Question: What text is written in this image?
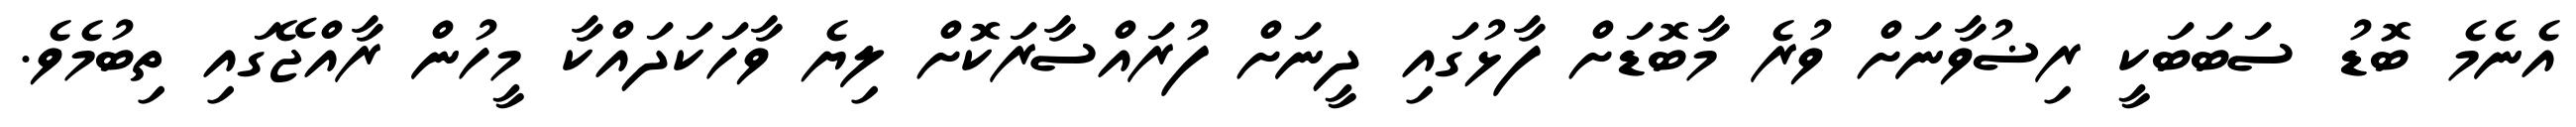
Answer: އެނެމެ ބޮޑު ސަބަބަކީ ރިޟުވާނަށް ވުރެ މާބޮޑަށް ފާޅުގައި ދީނަށް ފުރައްސާރަކޮށް ލިޔެ ވާހަކަދައްކާ މީހުން ރާއްޖޭގައި ތިބުމެވެ.